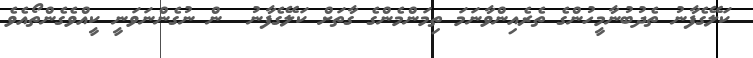
ކަލޭގެފާނު ތެދުބުނާމީހުންގެ ތެރެއިންވާނަމަ ތިމަންމެންގެ ގާތަށް ކަލޭގެފާނު  ން ނުގެންނަވަނީ ކީއްވެގެންތޯއެވެ